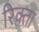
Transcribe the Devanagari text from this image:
रिक्ता